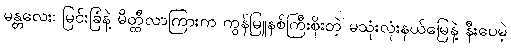
မန္တလေး၊ မြင်းခြံနဲ့ မိတ္ထီလာကြားက ကွန်မြူနစ်ကြီးစိုးတဲ့ မသုံးလုံးနယ်မြေနဲ့ နီးပေမဲ့